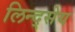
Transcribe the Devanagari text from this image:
लिन्द्सेय